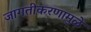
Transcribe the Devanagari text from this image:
जागतीकरणामुळे